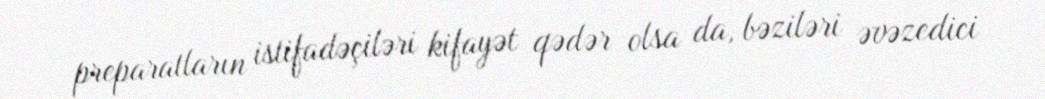
preparatların istifadəçiləri kifayət qədər olsa da, bəziləri əvəzedici